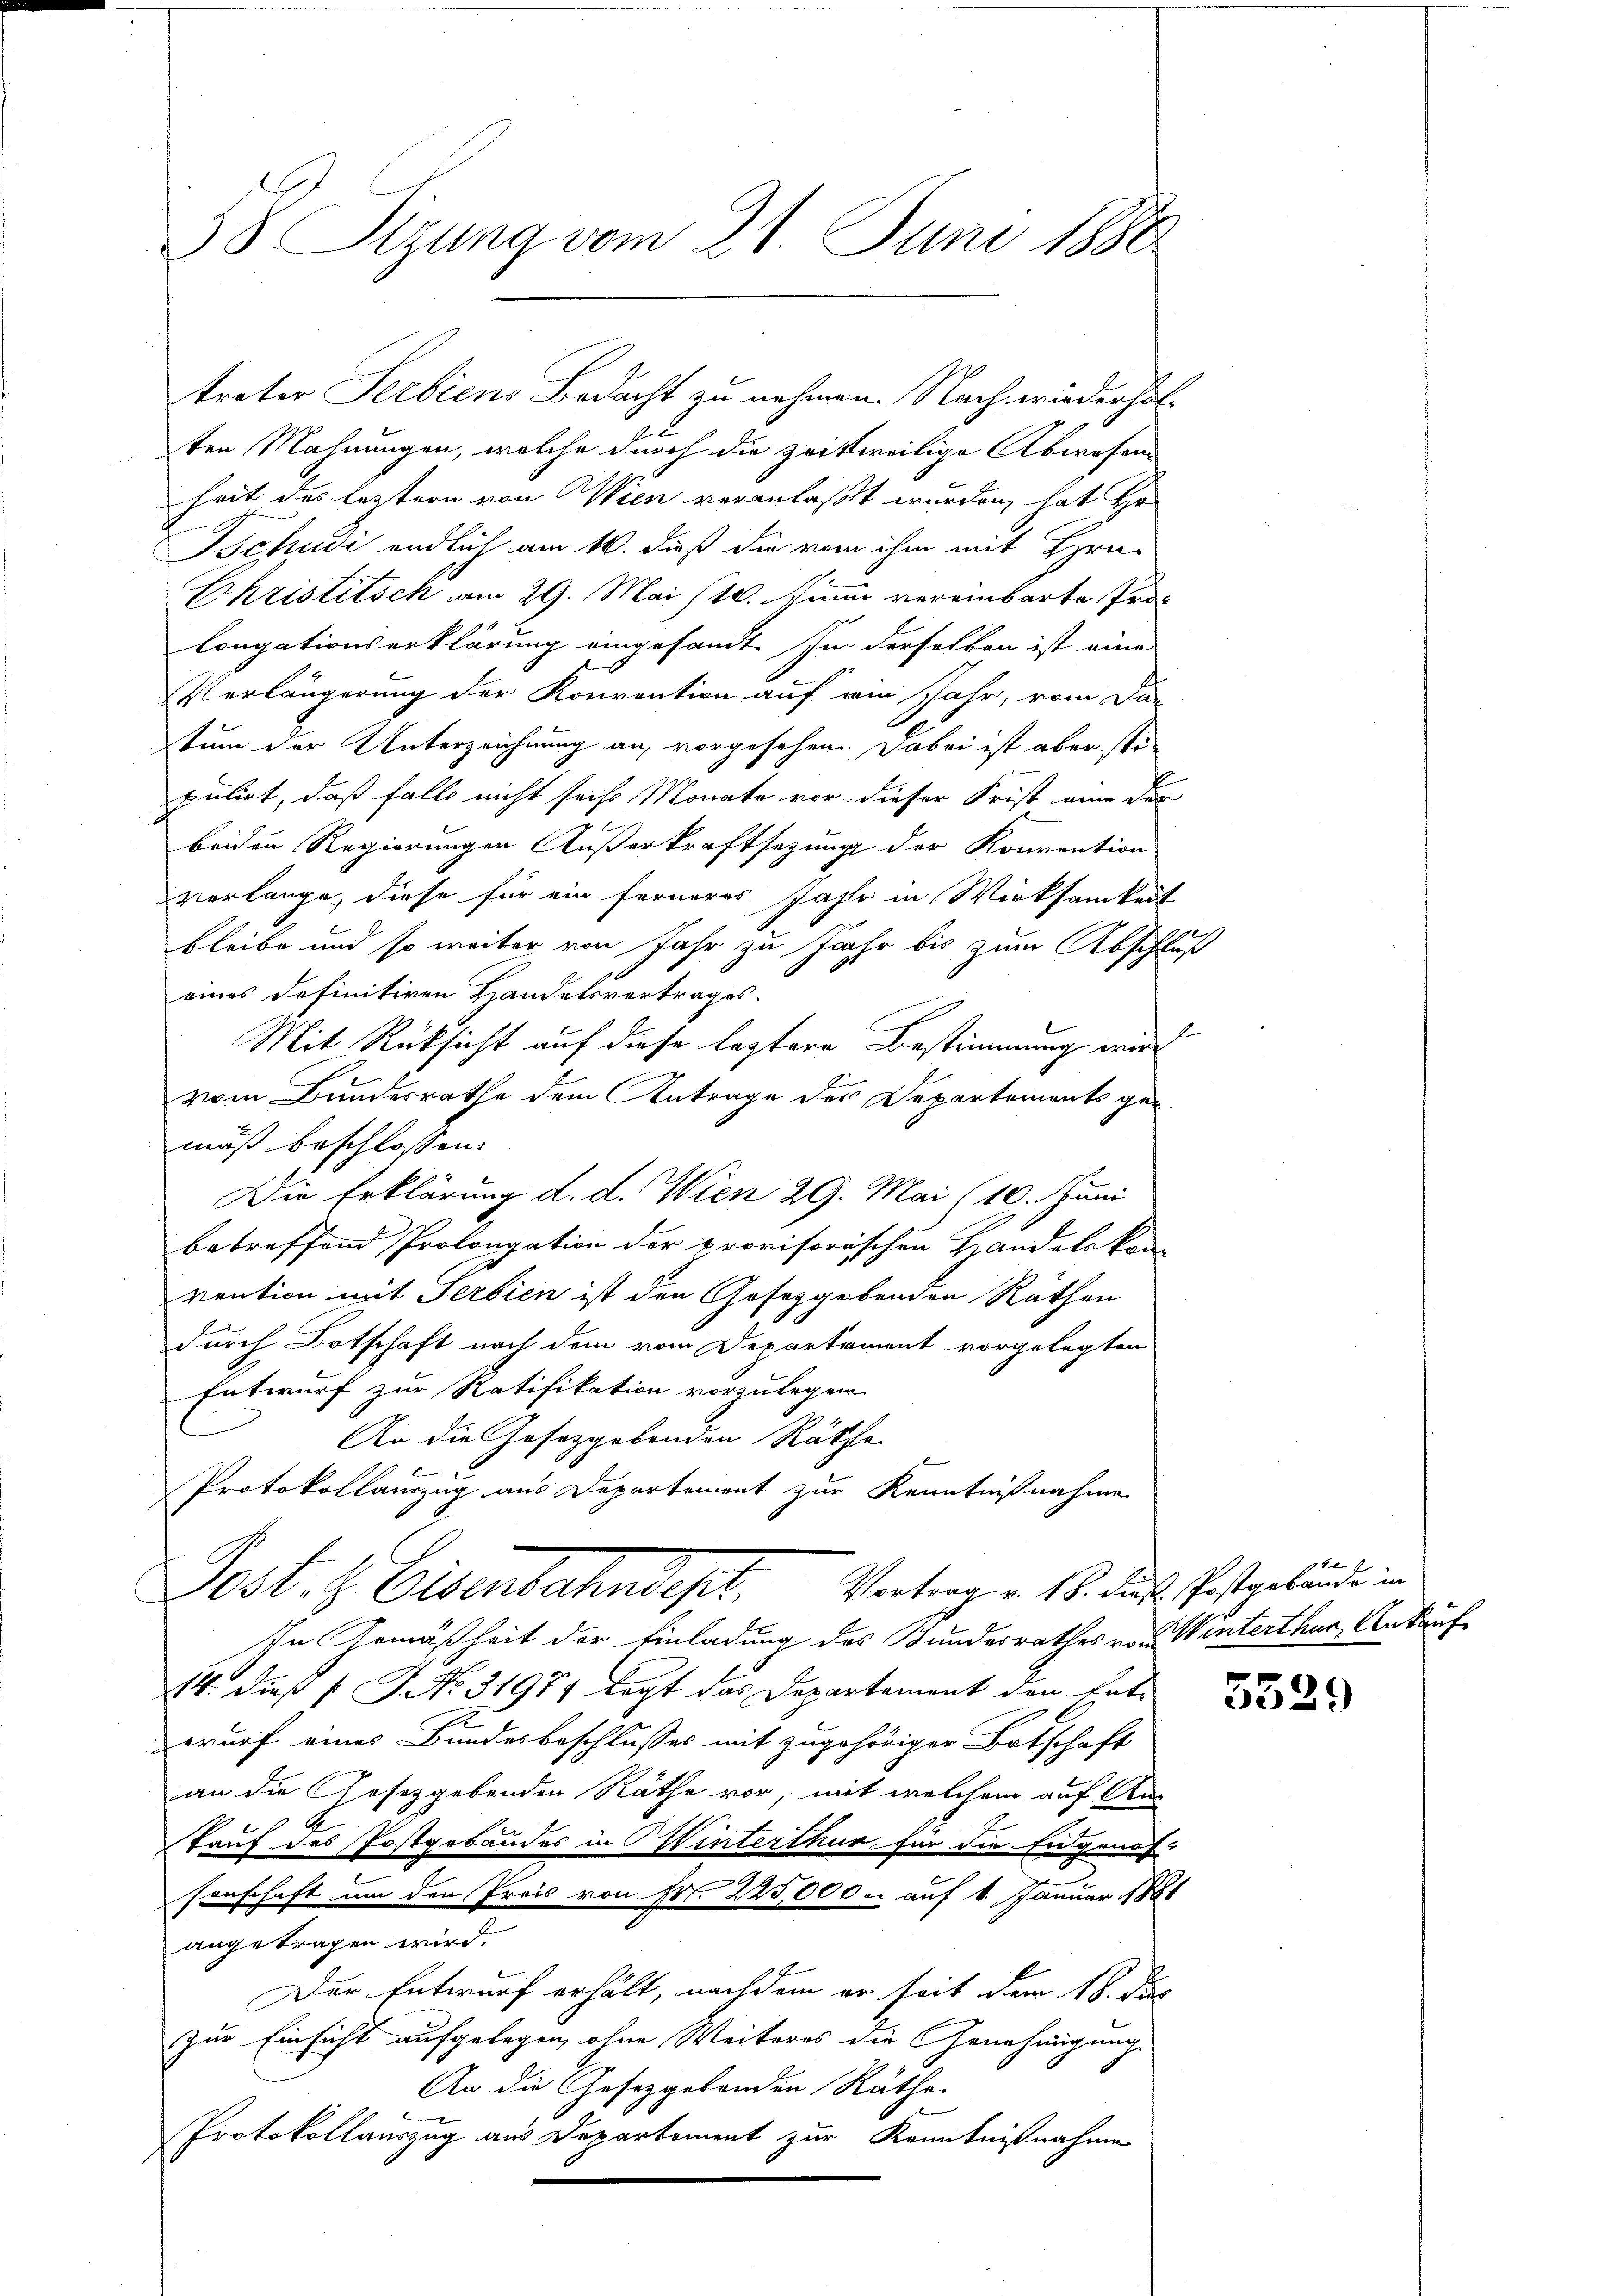
§8 Sizung vom 21. Juni 1880

ten Mahnungen, welche durch die zwittweilige Abwesens
heit des leztern von Wien veranlaßt werden, hat Ho
Tschudi endlich am 16. dieß die vom ihm mit Hrn.
Ekristisch am 29. Mai 10. Junii vereinbarte Prolongationserklärung eingesandt. In derselben ist eine
Verlängerung der Konvention auf am Jahr, vom Dan
tum der Unterzeichnung an, vorgesehen. Dabei ist aber stipulirt, daß falls nicht sechs Monate vor dieser Frist eine des
beiden Regierungen Außerkraftsetzung der Konvention
verlange, diese für ein ferneres Jahr in Wirksamkeit
bleibe und so weiter von Jahr zu Jahr bis zum Abschluß
eines definitiven Handelsvertrages.
Mit Rücksicht auf diese leztere Bestimmung wird
vom Bundesrathe dem Antrage des Departements gemäß beschlossen:
Die Erklärung d. d. Wien 29. Mai (10. Juni
betreffend Prolongation der provisorischen Handelskam
vention mit Serbien ist den Gesetzgebenden Räthen
durch Botschaft nach dem vom Departament vorgelegten
Entwurf zur Ratifikation vorzulegen.
An die Gesetzgebenden Räthe
Protokollauszug aus Departement zur Kenntnißnahme
Post. H. Elsenbahndept.   Vertrag v. 18. des Gastgebenden
In Gemäßheit der Einladung des Bundesrathes von Winterthur, Ankauf¬
14. dieß P. G. No. 31987 legt das Departement den Ent-
wurf eines Bundesbeschlusses mit zugehöriger Batschaft
an die Gesetzgebenden Räthe vor, mit welchem auf Aus
J
Kauf des Postgebandes in Winterthur für die Engenos-
senschaft um den Preis von Fr. 225,000. auf 1. Januar 1881
angetragen wird.
Der Entwurf erhält, nachdem er seit dem 18. des
zur Einsicht aufgelegen, ohne Weiteres die Genehmigung
An die Gesetzgebenden Räthe.
Protokollauszug aus Departement zur Kenntnißnahme

treter Serbiens Bedacht zu nehmen. Nach wiederhol¬

e

1

5529